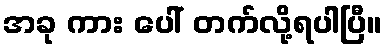
အခု ကား ပေါ် တက်လို့ရပါပြီ။